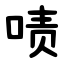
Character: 啧